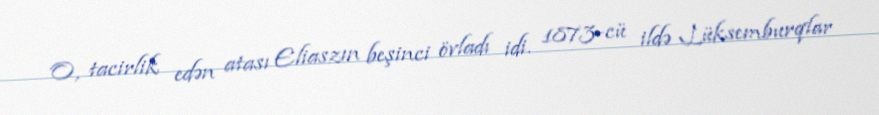
O, tacirlik edən atası Eliaszın beşinci övladı idi. 1873-cü ildə Lüksemburqlar